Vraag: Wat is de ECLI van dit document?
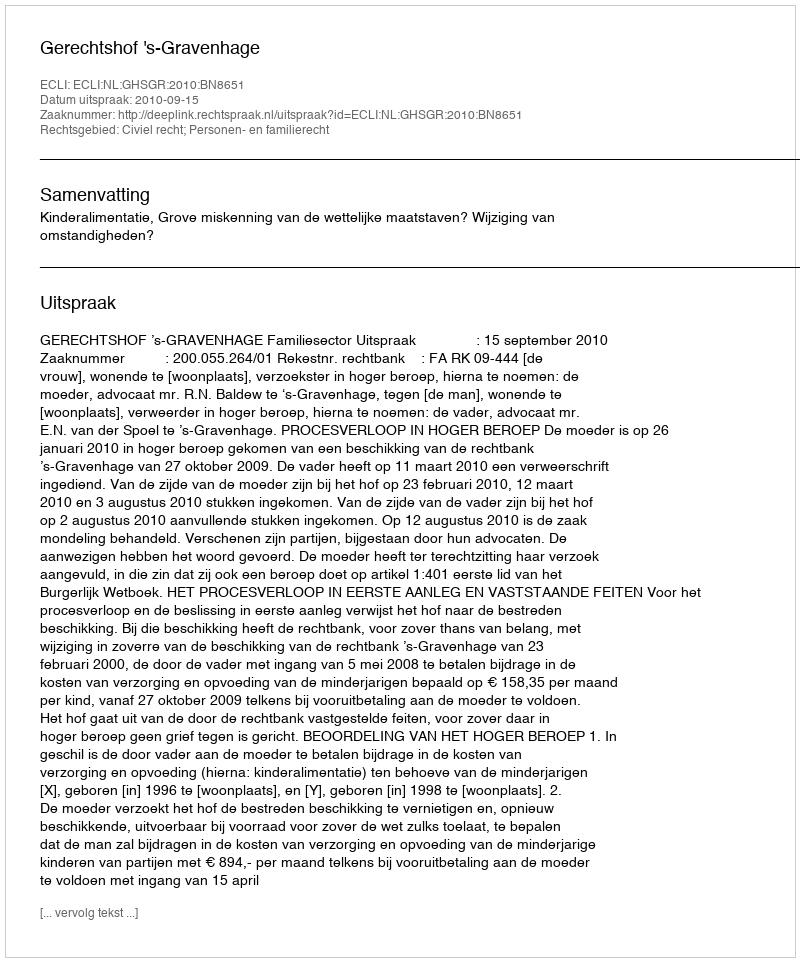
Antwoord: ECLI:NL:GHSGR:2010:BN8651